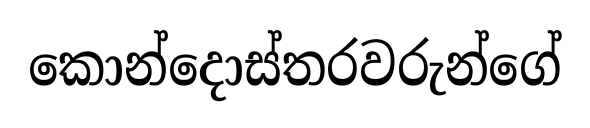
කොන්දොස්තරවරුන්ගේ